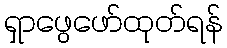
ရှာဖွေဖော်ထုတ်ရန်